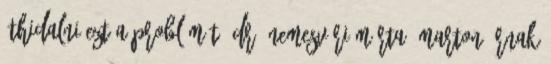
áthidalni ezt a problémát. Dr. Nemesvári Márta: Marton úrnak